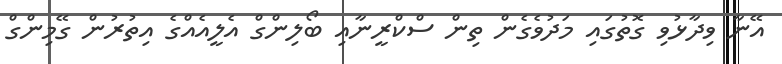
އޭނާ ވިދާޅުވި ގޮތުގައި މަދުވެގެން ތިން ސްކްރީނާއި ބޯލިންގް އެލީއެއްގެ އިތުރުން ގޭމިންގް